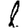
Digit: 1